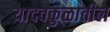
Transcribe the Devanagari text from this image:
यादवकुळातील